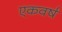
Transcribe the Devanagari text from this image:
एकवर्ष